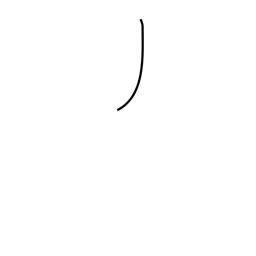
Meaning: katakana no radical (no. 4)